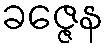
ခဇ္ဇေန